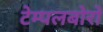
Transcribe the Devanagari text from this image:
टेम्पलबोरो